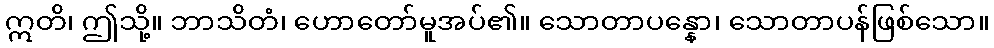
ဣတိ၊ ဤသို့။ ဘာသိတံ၊ ဟောတော်မူအပ်၏။ သောတာပန္နော၊ သောတာပန်ဖြစ်သော။